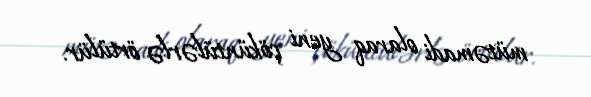
mütəmadi olaraq yeni çöküntülərlə örtülür.